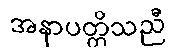
အနာပတ္တိသညီ